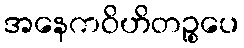
အနေကဝိဟိတဉ္စပေ